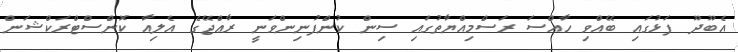
އެބޫދޫ ފަޅުގައި ބޭއްވި ހާއްސަ ރަސްމިއްޔާތުގައި ސިން ކުންފުނިންވަނީ ރާޢްޖޭގެ އެލިއާ ކޮންސްޓްރަކްޝަން